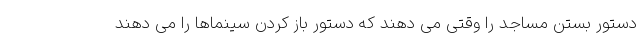
دستور بستن مساجد را وقتی می دهند که دستور باز کردن سینماها را می دهند